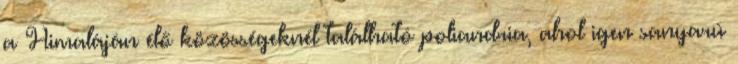
a Himaláján élő közösségeknél található poliandria, ahol igen sanyarú